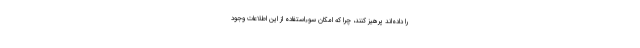
را داده‌اند پرهیز کنند، چرا که امکان سوءاستفاده از این اطلاعات وجود